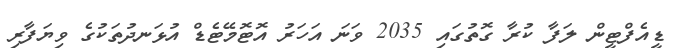
ޑީއެފްޓީން ލަފާ ކުރާ ގޮތުގައި 2035 ވަނަ އަހަރު އޮޓޮމޭޓެޑް އުޅަނދުތަކުގެ ވިޔަފާރި